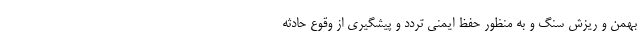
بهمن و ریزش سنگ و به منظور حفظ ایمنی تردد و پیشگیری از وقوع حادثه